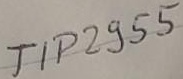
Text: TIO2955